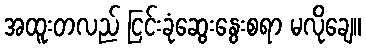
အထူးတလည် ငြင်းခုံဆွေးနွေးစရာ မလိုချေ။